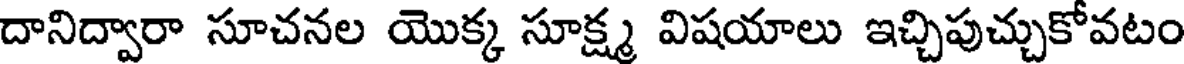
దానిద్వారా సూచనల యొక్క సూక్ష్మ విషయాలు ఇచ్చిపుచ్చుకోవటం